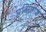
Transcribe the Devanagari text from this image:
प्रक्षिप्तांश